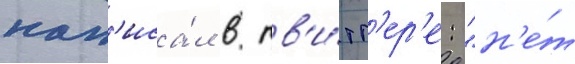
нап'иса́л в тв'и́тт'ер'е: "н'е́т